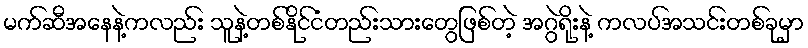
မက်ဆီအနေနဲ့ကလည်း သူနဲ့တစ်နိုင်ငံတည်းသားတွေဖြစ်တဲ့ အဂွဲရိုးနဲ့ ကလပ်အသင်းတစ်ခုမှာ